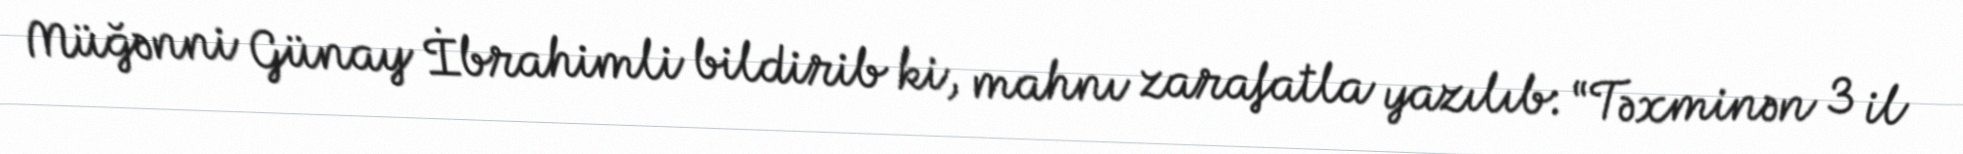
Müğənni Günay İbrahimli bildirib ki, mahnı zarafatla yazılıb: “Təxminən 3 il